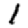
Digit: 1